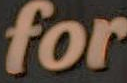
for